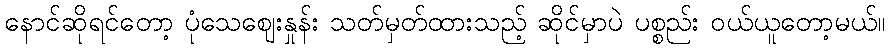
နောင်ဆိုရင်တော့ ပုံသေဈေးနှုန်း သတ်မှတ်ထားသည့် ဆိုင်မှာပဲ ပစ္စည်း ဝယ်ယူတော့မယ်။